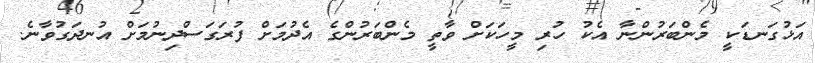
އަޅުގަނޑަކީ މެންބަރުންނާ އެކު ހުރި މީހަކަށް ވާތީ މެންބަރުންގެ އެދުމަށް ފުރަގަސްދިނުމަށް އުނދަގުވާނެ.